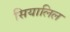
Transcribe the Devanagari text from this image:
सियालिल